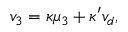
v _ { 3 } = \kappa \mu _ { 3 } + \kappa ^ { \prime } v _ { d } ,